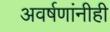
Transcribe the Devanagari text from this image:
अवर्षणांनीही